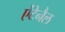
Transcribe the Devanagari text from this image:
ऐंटेनैल